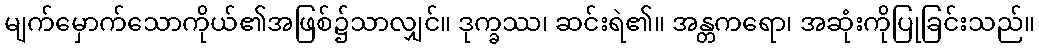
မျက်မှောက်သောကိုယ်၏အဖြစ်၌သာလျှင်။ ဒုက္ခဿ၊ ဆင်းရဲ၏။ အန္တကရော၊ အဆုံးကိုပြုခြင်းသည်။